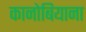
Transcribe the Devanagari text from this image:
कानोबियाना